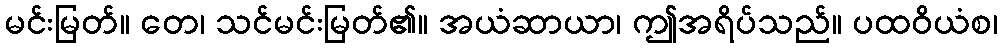
မင်းမြတ်။ တေ၊ သင်မင်းမြတ်၏။ အယံဆာယာ၊ ဤအရိပ်သည်။ ပထဝိယံစ၊